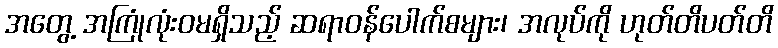
အတွေ့ အကြုံလုံးဝမရှိသည့် ဆရာဝန်ပေါက်စများ၊ အလုပ်ကို ဟုတ်တိပတ်တိ